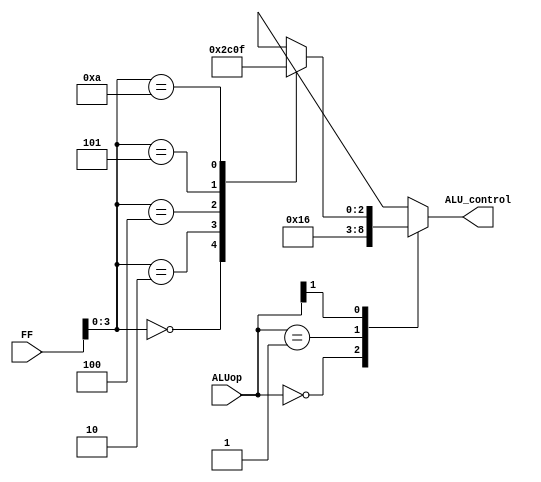
// Controller for The ALU

`timescale 1ns / 1ps
module ALU_control(
    input [5:0] FF, //Function Field
    input [1:0] ALUop,
    output reg [2:0] ALU_control
    );

    always @(*) begin
        casex (ALUop)
            2'b00: 
                ALU_control = 3'b010; //Add
            2'b01: 
                ALU_control = 4'b110; //Subtract
            2'b1x: 
                casex(FF)
                    6'bxx0000:
                        ALU_control = 3'b010; //Add
                    6'bxx0010:
                        ALU_control = 3'b110; //Subtract
                    6'bxx0100:
                        ALU_control = 3'b000; //AND
                    6'bxx0101:
                        ALU_control = 3'b001; //OR
                    6'bxx1010:
                        ALU_control = 3'b111; //SLT
                    default:
                        ALU_control = 3'bxxx; //Invalid
                endcase
            default:
                ALU_control = 3'bxxx; //Invalid
        endcase
    end
endmodule

//testbench to check module
// `timescale 1ns / 1ps
// module ALU_control_tb;

//     reg [5:0] FF;
//     reg [1:0] ALUop;
//     wire [2:0] ALU_control;

//     ALU_control ALU_control_inst(
//         .FF(FF),
//         .ALUop(ALUop),
//         .ALU_control(ALU_control)
//     );

//     initial begin
//         $dumpfile("ALU_control_tb.vcd");
//         $dumpvars(0, ALU_control_tb);
        
//         FF = 6'b000000;
//         ALUop = 2'b00;
//         #10;
//         FF = 6'b000010;
//         ALUop = 2'b01;
//         #10;
//         FF = 6'b000000;
//         ALUop = 2'b10;
//         #10;
//         FF = 6'b000010;
//         ALUop = 2'b10;
//         #10;
//         FF = 6'b000100;
//         ALUop = 2'b10;
//         #10;
//         FF = 6'b000101;
//         ALUop = 2'b10;
//         #10;
//         FF = 6'b001010;
//         ALUop = 2'b10;
//         #10;
//         $finish;
//     end

// endmodule